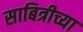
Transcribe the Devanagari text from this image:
साबित्रीच्या